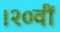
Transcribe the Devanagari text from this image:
।२०वीं